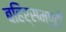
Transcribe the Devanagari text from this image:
बहिर्सम्पुटी